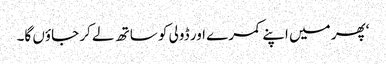
‘پھر میں اپنے کمرے اور ڈولی کو ساتھ لے کر جاؤں گا۔